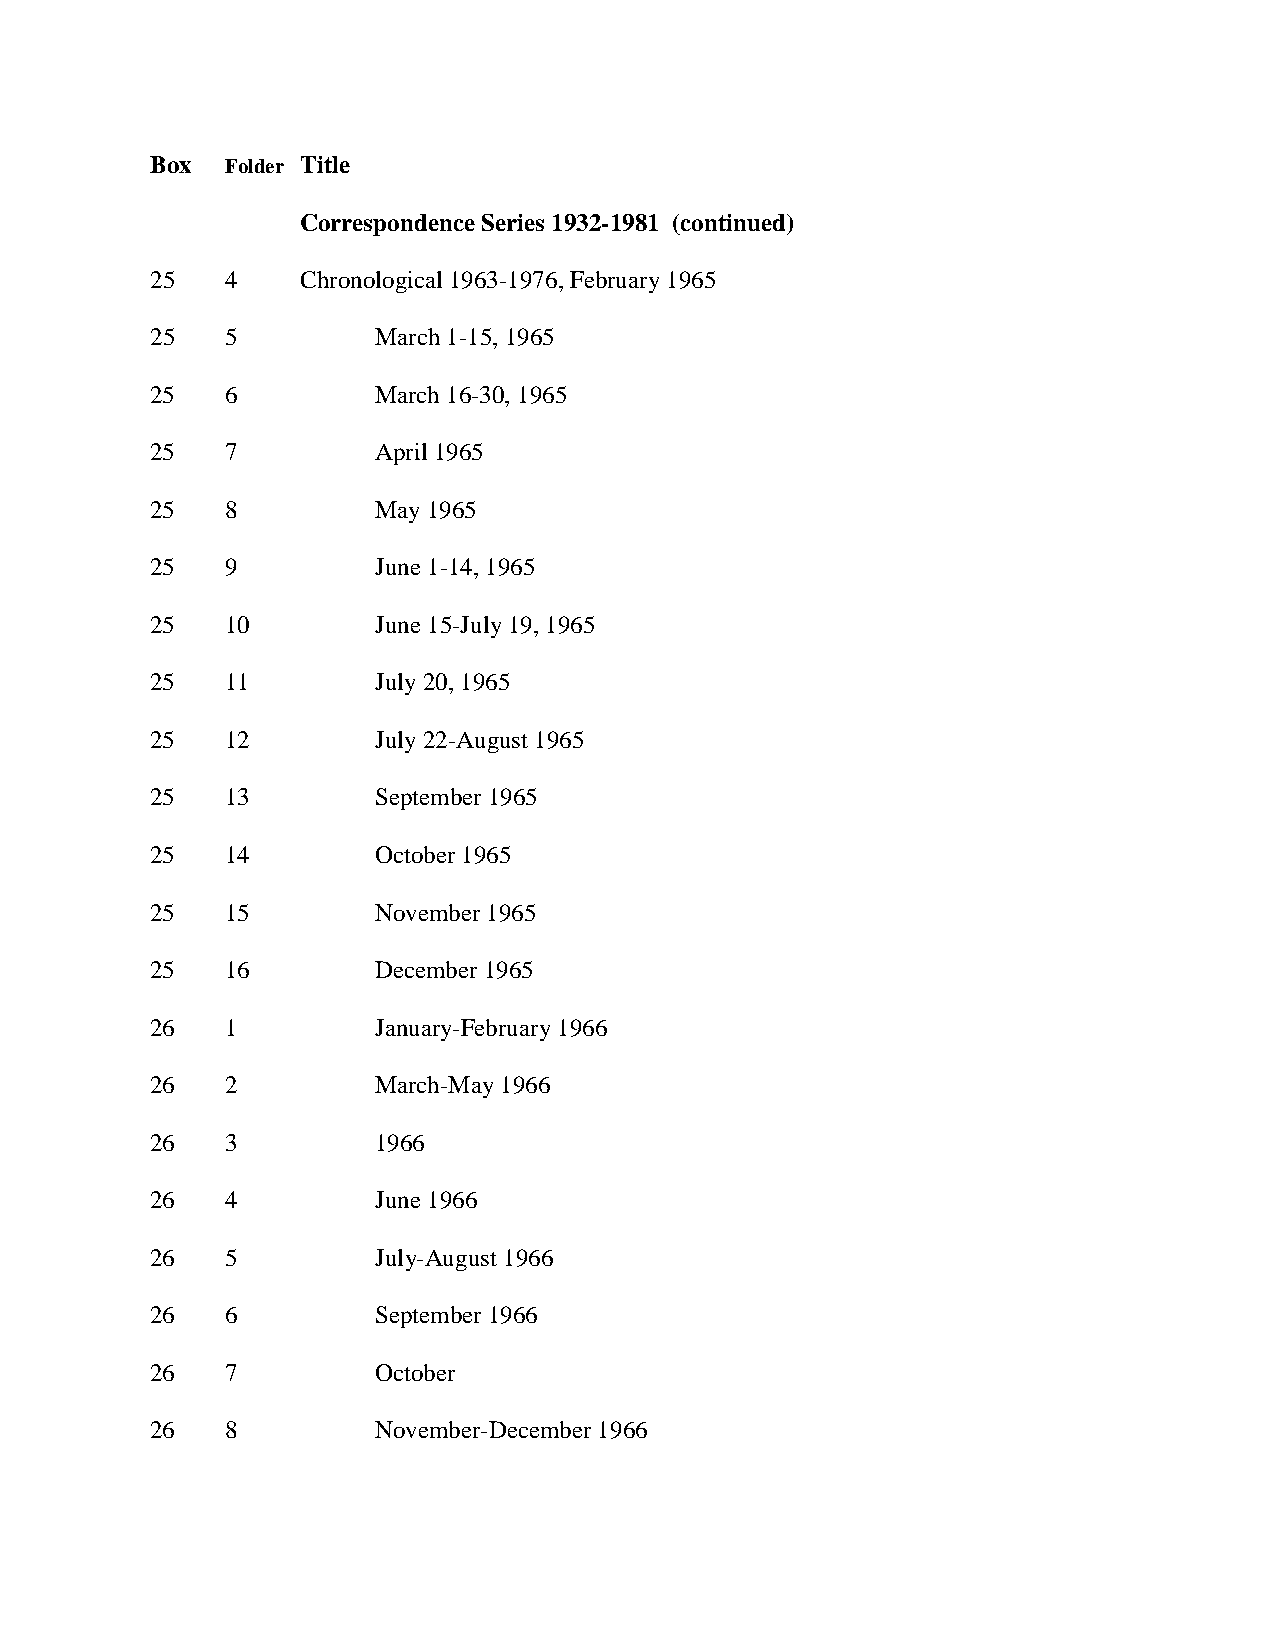
Box  Folder Title
 Correspondence Series 1932-1981 (continued)
 25   4    Chronological 1963-1976, February 1965
 25   5         March 1-15, 1965
 25   6         March 16-30, 1965
 25   7         April 1965
 25   8         May 1965
 25   9         June 1-14, 1965
 25   10        June 15-July 19, 1965
 25   11        July 20, 1965
 25   12        July 22-August 1965
 25   13        September 1965
 25   14        October 1965
 25   15        November 1965
 25   16        December 1965
 26   1         January-February 1966
 26   2         March-May 1966
 26   3         1966
 26   4         June 1966
 26   5         July-August 1966
 26   6         September 1966
 26   7         October
 26   8         November-December 1966